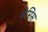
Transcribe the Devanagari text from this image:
बेमिस